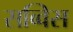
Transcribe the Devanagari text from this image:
सव्विस